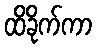
ထိခိုက်ကာ